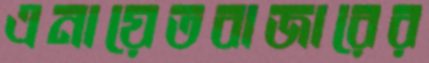
এনায়েতবাজারের